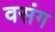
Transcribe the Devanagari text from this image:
वसंग